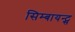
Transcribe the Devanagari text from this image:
सिम्बायन्ट्स